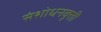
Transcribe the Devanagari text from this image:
संशोधनवृत्ती